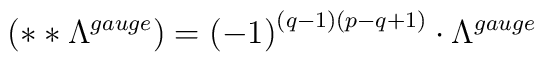
\left( **\Lambda ^{gauge}\right) =\left( -1\right) ^{\left(q-1\right) \left( p-q+1\right) }\cdot \Lambda ^{gauge}